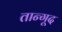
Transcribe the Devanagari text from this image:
तान्गूद